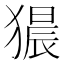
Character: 𤡠